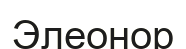
Элеонор